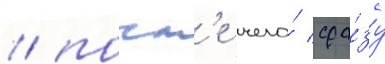
/ посл'е чего́ сра́зу